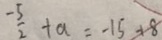
\frac { - 5 } { 2 } + a = - 1 5 + 8